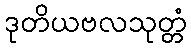
ဒုတိယဗလသုတ္တံ